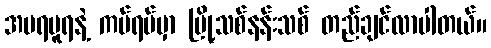
အမရပူရနဲ့ ကပ်ရပ်မှာ မြို့သစ်နန်းသစ် တည်ချင်လာပါတယ်။